Problem: 8 × 4 = ?
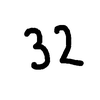
Handwritten answer: 32